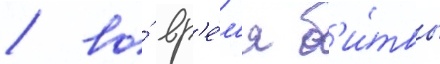
/ во́ вр'е́м'я б'и́твы